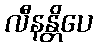
လီနန္တိပေ